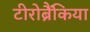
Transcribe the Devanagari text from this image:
टीरोब्रैंकिया